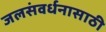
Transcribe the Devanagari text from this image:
जलसंवर्धनासाठी